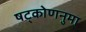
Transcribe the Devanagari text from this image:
षट्कोणनुमा